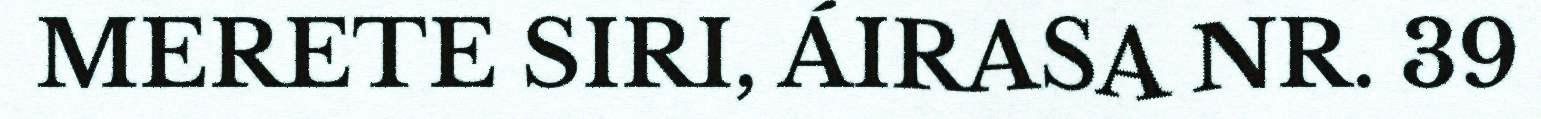
MERETE SIRI, ÁIRASA NR. 39